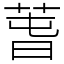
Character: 萅